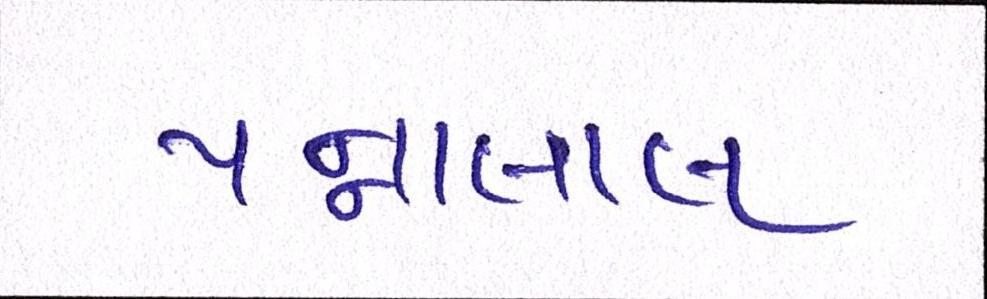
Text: પન્નાલાલ